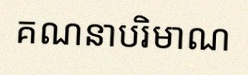
គណនាបរិមាណ